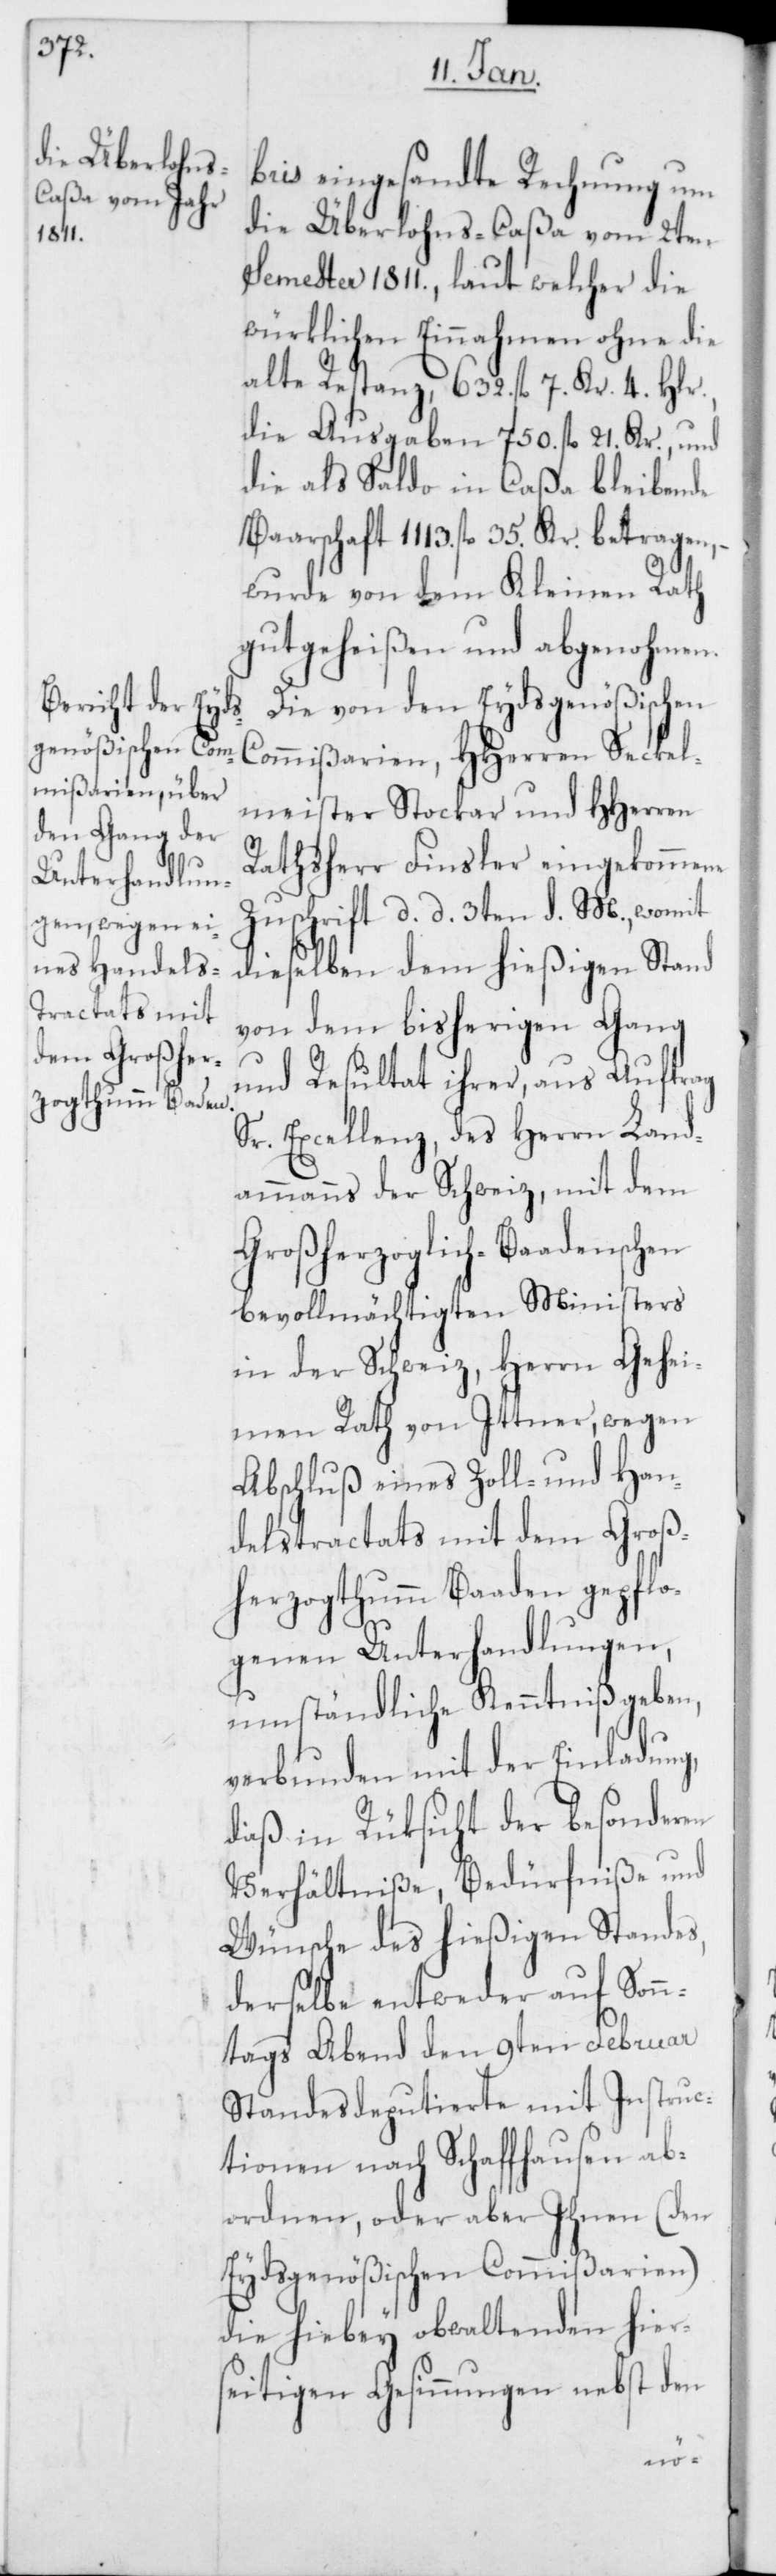
bris eingesandte Rechnung um
die Überlohnscaßa vom 2ten
Semester 1811., laut welcher die
würklichen Einnahmen ohne die
alte Restanz, 632. fl. 7. Kr. 4. Hlr.,
die Ausgaben 750. fl. 21. Kr., und
die als Saldo in Caßa bleibende
Baarschaft 1113. fl. 35. Kr. betragen, –
wurde von dem Kleinen Rath
gutgeheißen und abgenohmen.
Die von den Eydsgenößischen
Commißarien, HHerren Seckel¬
meister Stockar und HHerren
Rathsherr Finsler eingekommene
Zuschrift d. d. 3ten d. M., womit
dieselben dem hießigen Stand
von dem bisherigen Gang
und Resultat ihrer, aus Auftrag
Sr. Excellenz, des Herrn Land¬
ammanns der Schweiz, mit dem
Großherzoglich-Baadenschen
bevollmächtigten Ministers
in der Schweiz, Herrn Gehe¬
imen Rath von Ittner, wegen
Abschluß eines Zoll- und Han¬
delstractats mit dem Groß¬
herzogtumm Baaden gepflo¬
genen Unterhandlungen,
umständliche Kenntniß geben,
verbunden mit der Einladung,
daß in Rüksicht der besonderen
Verhältniße, Bedürfniße und
Wünsche des hießigen Standes,
derselbe entweder auf Sonn¬
tags Abend den 9ten Februar
Standesdeputierte mit Instruc¬
tionen nach Schaffhausen ab¬
ordnen, oder aber Ihnen (den
Eydsgenößischen Commißarien)
die hiebey obwaltenden hier¬
seitigen Gesinnungen nebst den